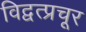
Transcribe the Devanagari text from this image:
विद्वत्प्रचूर